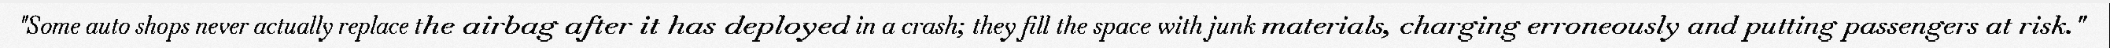
"Some auto shops never actually replace the airbag after it has deployed in a crash; they fill the space with junk materials, charging erroneously and putting passengers at risk."